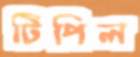
টিপিল